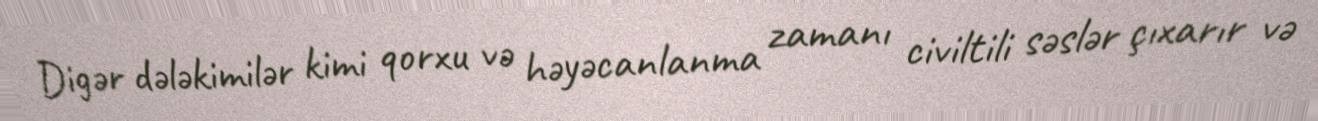
Digər dələkimilər kimi qorxu və həyəcanlanma zamanı civiltili səslər çıxarır və